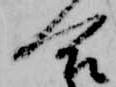
合